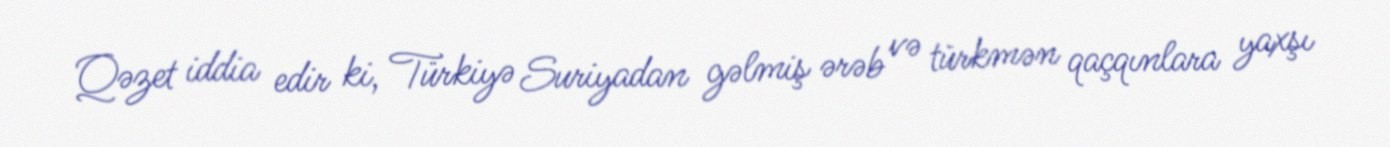
Qəzet iddia edir ki, Türkiyə Suriyadan gəlmiş ərəb və türkmən qaçqınlara yaxşı